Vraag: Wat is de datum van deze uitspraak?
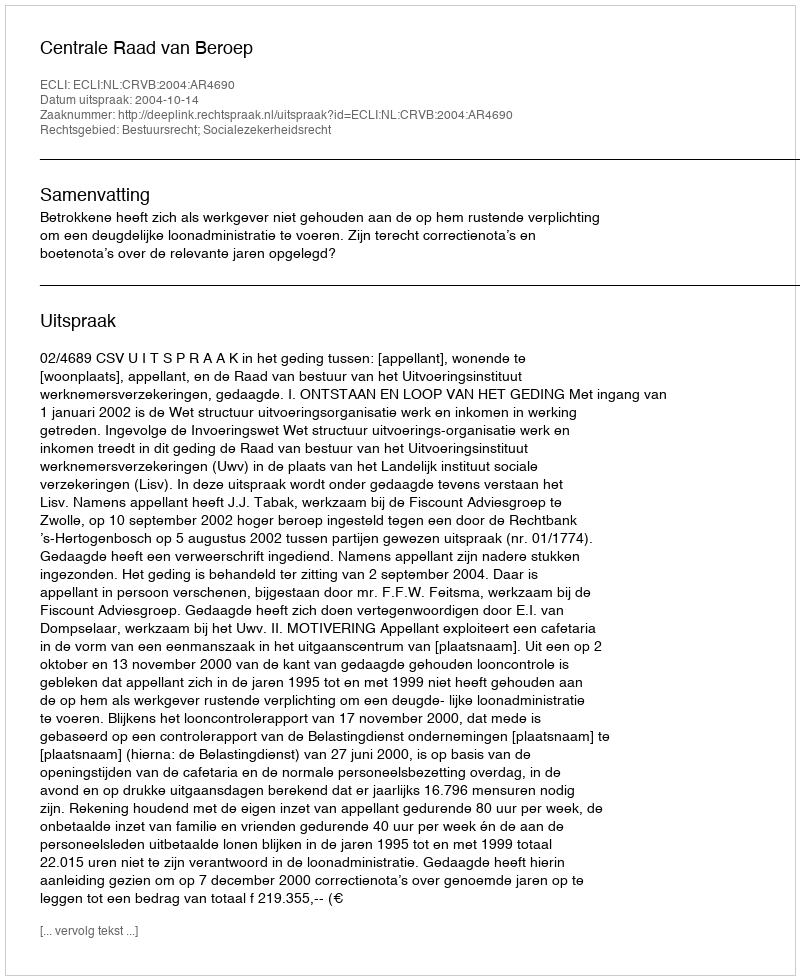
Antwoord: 2004-10-14